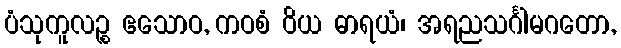
ပံသုကူလဉ္စ ဧသောဝ, ကဝစံ ဝိယ ဓာရယံ၊ အရညသင်္ဂါမဂတော,